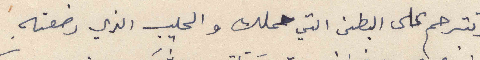
وتترحم على البطن التي حملك والحليب الذي رضعته.